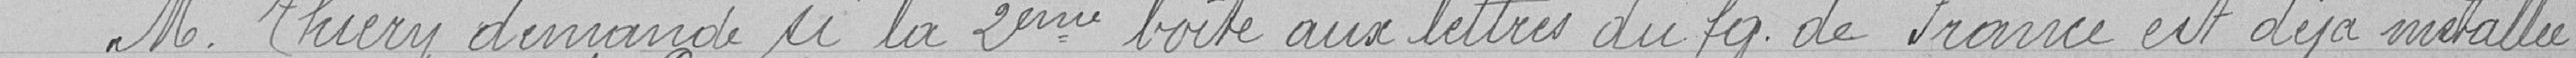
Monsieur Thiéry demande si la deuxième boite aux lettres du faubourg de France est déjà installée,